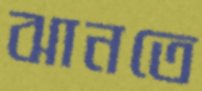
ঝানতে